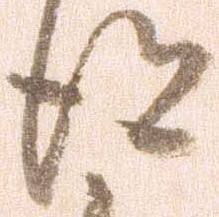
得